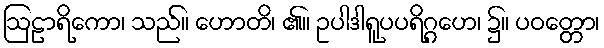
ဩဠာရိကော၊ သည်။ ဟောတိ၊ ၏။ ဥပါဒါရူပပရိဂ္ဂဟေ၊ ၌။ ပဝတ္တော၊